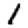
Digit: 1